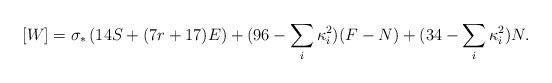
\begin{align*}[W]=\sigma_*\left(14 S + (7r + 17) E\right) +(96-\sum_i\kappa_i^2) (F-N) +(34 -\sum_i\kappa_i^2)N.\end{align*}